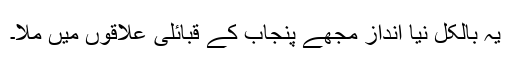
یہ بالکل نیا انداز مجھے پنجاب کے قبائلی علاقوں میں ملا۔